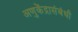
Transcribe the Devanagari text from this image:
अणुकेंद्रासंबंधी